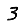
Digit: 3